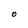
Character: O